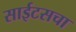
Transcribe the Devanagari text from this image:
साईटसचा